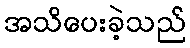
အသိပေးခဲ့သည်